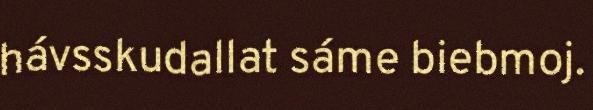
hávsskudallat sáme biebmoj.